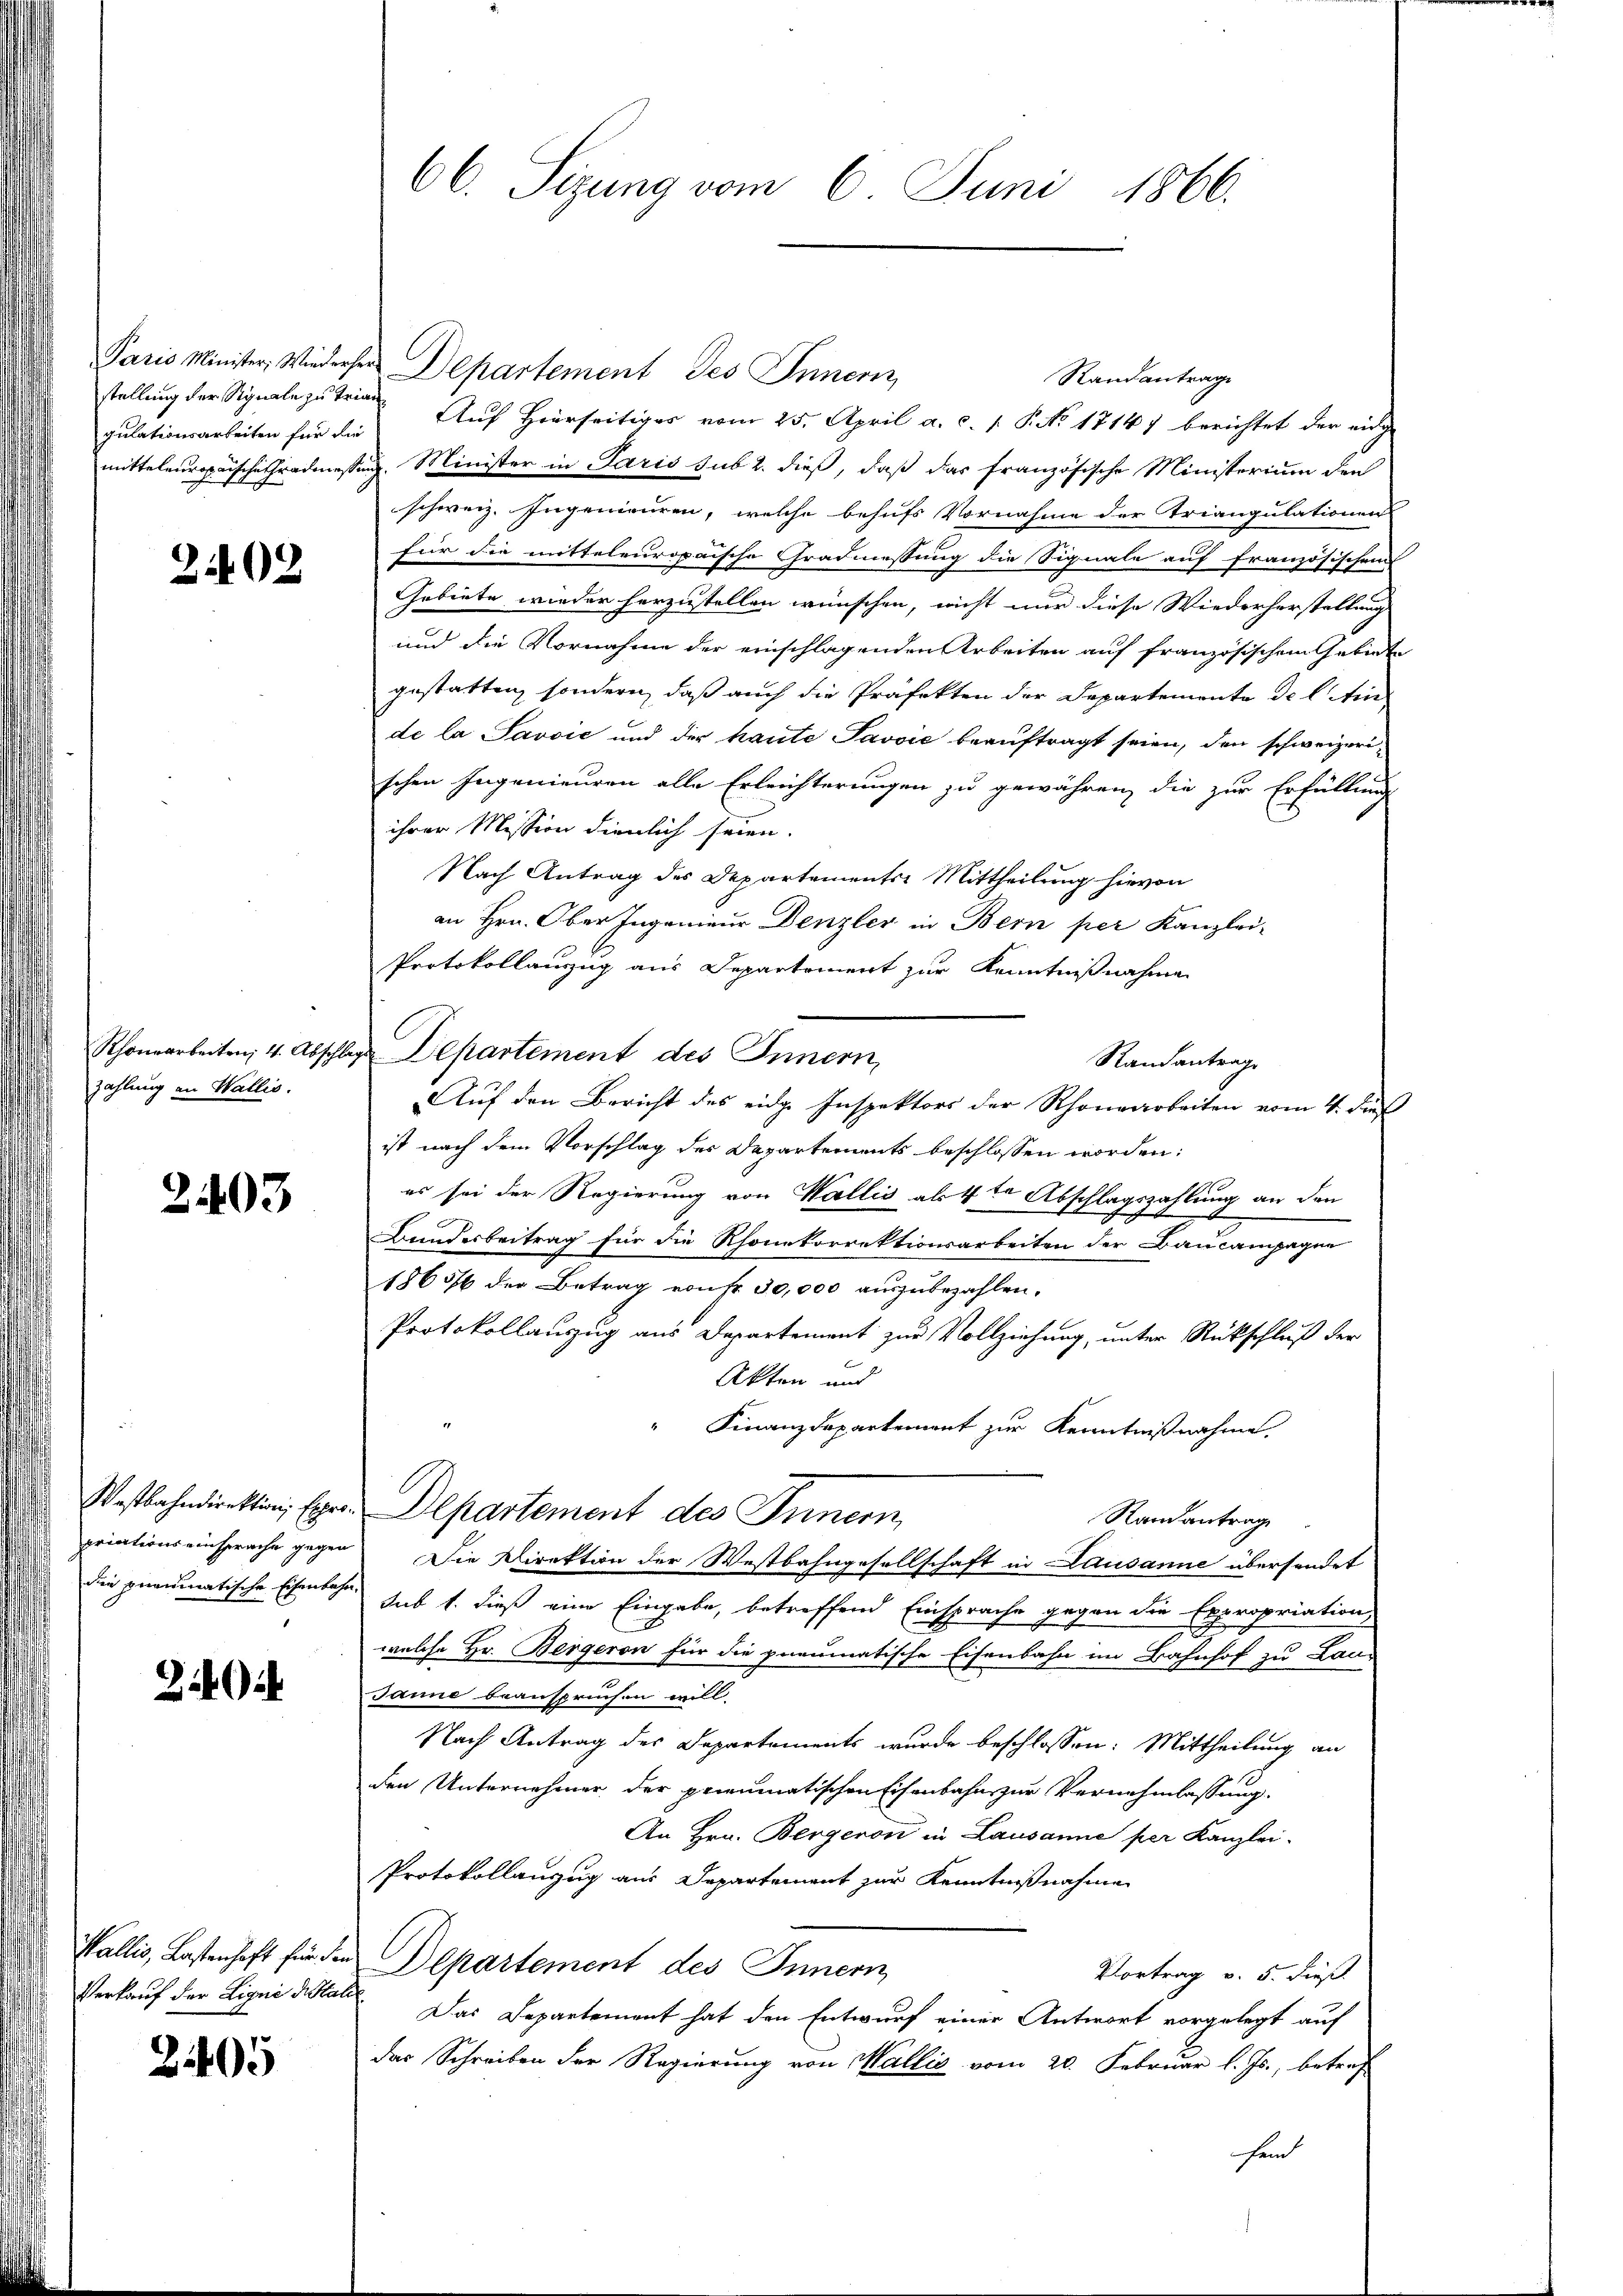
gulationsarbeiten für die

2402

Rhonearbeiten; 4. Abschl
zahlung an Wallis.

2403

Wostbahndirektion Expropriationseinsprache gegen
die preumatische Eisenbahn-

340

Wallis, Lastenhaft für die
Verkauf der Ligne die Stat

2405

66. Sezung vom 6. Juni 1866.

Paris Minister, Wiederher Departement des Innern,
Randantrage
stellung der Signale zu keine Auf Herrseitiger vom 25. April a. c. 1. P. No. 17147 berichtet der eidge
mitteleuropäische thradmessung. Minister in Paris sub 2. dieß, daß das französische Ministerium den
schweiz. Ingenieuren, welche behufs Vornahme der Triangulationen
für die mitteleuropaische Gradmessung die Signale auf französischen
Gebiete wieder herzustellen wünschen, nicht nur diese Wiederherstellung
und die Vornahme der einschlagenden Arbeiten auf französischem Gebiete
gestatten, sondern, daß auch die Präfekten der Departemente de l. Ain
de la Savoić und der haute Javvić beauftragt seien, den schweizerischen Ingenieuren alle Erleichterungen zu gewähren, die zur Erfüllung
ihrer Mission dienlich seien.
Nach Antrag des Departements-Mittheilung hievon
an Hrn. Ober Ingenieur Denzler in Bern per Kanzlei-
Protokollanzug aus Departement zur Kenntnißnahme
 Departement des Innern,
Randantrage
Auf den Bericht des eidge Inspektors der Rhonearbeiten vom 4. dies
ist nach dem Vorschlag des Departements beschlossen worden:
es sei der Regierung von Wallis als 4 te Abschlagszahlung an den
Bundesbeitrag für die Rhonekorrektionsarbeiten der Baucampagne
1863/6 der Betrag von fr. 30,000 auszubezahlen.
Protokollauszug aus Departement zur Vollziehung, unter Rückschluß der
Akten und
" Finanzdepartement zur Kenntnißnahme.
Departement des Innern
Randantrage
Die Direktion der Westbahngesellschaft in Lausanne übersendet
sub 1. dieß eine Eingabe, betreffend Einsprache gegen die Expropriation,
welche Hr. Bergeron für die gnaumatische Eisenbahn im Bahnhof zu Land
Janne beanspruchen will.
Nach Antrag des Departements wurde beschlossen: Mittheilung an
den Unternehmer der preumatischen Eisenbahn zur Vernehmlassung.
An Hrn. Bergeron in Lausanne per Kanzlei-
Protokollanzug aus Departement zur Kenntnißnahme
Departement des Innern,
Vortrag v. 5. dieß
Das Departement hat den Entwurf einer Antwort vorgelegt auf
das Schreiben der Regierung von Wallis vom 20. Februar l. Js., betref
hei